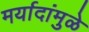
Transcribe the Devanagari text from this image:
मर्यादांमुळे